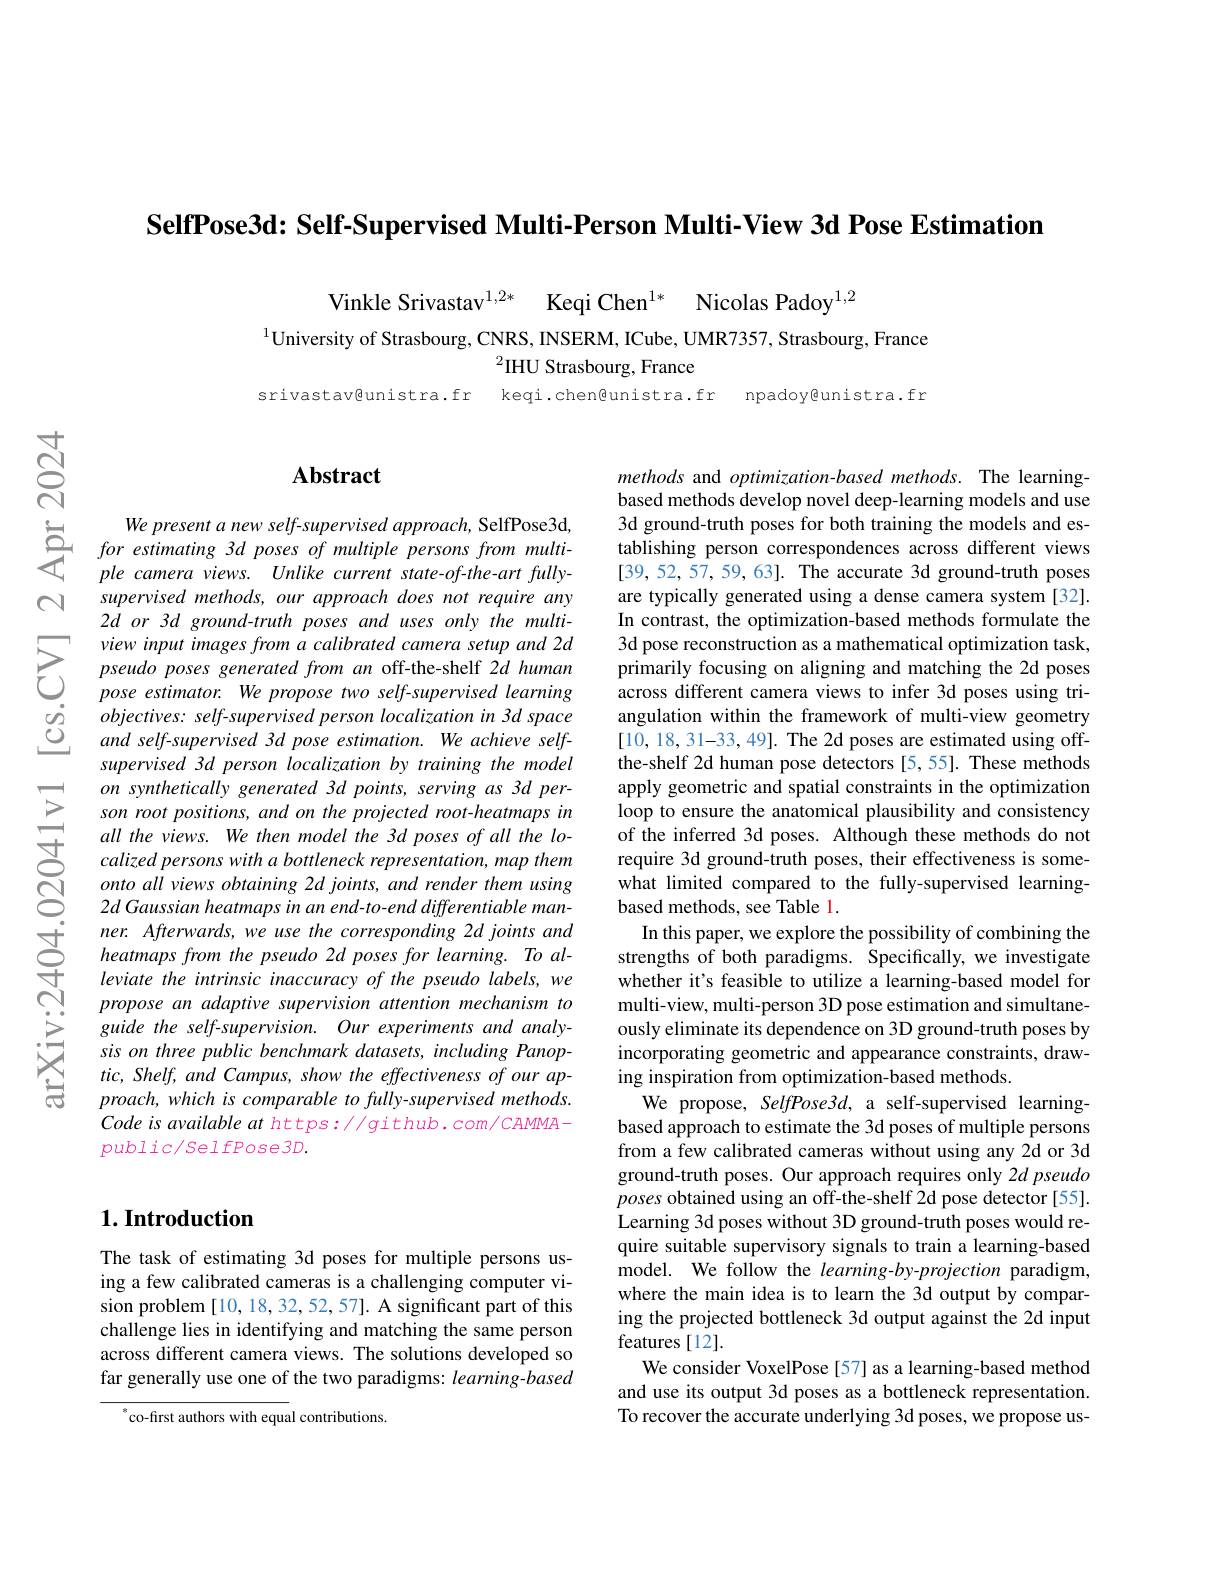
SelfPose3d: Self-Supervised Multi-Person Multi-View 3d Pose Estimation

Vinkle Srivastav$^{1,2*}$
Keqi Chen$^{1* }$ Nicolas Padoy$^{1,2}$
$^{1}$University of Strasbourg, CNRS, INSERM, ICube, UMR7357, Strasbourg, France
${}^{2}$IHU Strasbourg, France
srivastav@unistra.fr
keqi.chen@unistra.fr npadoy@unistra.fr

$ন্র$

$N$

### $\mathbf{Abstract}$

supervised methods, our approach does not require any $2dor3dground-truthposesandusesonlythemulti-$
view input images from a calibrated camera setup and 2d 3d pose reconstruction as a mathemation as a mathemation task, preudo prose reconstruction as a mathemation task, pseudo poses generated from am an offf- the- shelf 2d human primarily focusing on
$objectives: self-supervised person localization in 3d space$ and self-supervised 3d pose estimation. We achieve selfsupervised 3d person localization by training the model on synthetically generated 3d points, serving as 3d person root positions, and on the projected root-heatmaps in all the views. We then model the 3d poses of all the localized persons with a bottleneck representation, map them onto all views obtaining 2d joints, and render them using 2d Gaussian heatmaps in an end-to-end differentiable man-
$\begin{array}{lll}&ner.Afterwards,we\:use\:the\:corresponding\:\end{array}$
propose an adaptive supervision attention mechanism to guide the self-supervision. Our experiments and analysis on three public benchmark datasets, including Panoptic, Shelf, and Campus, show the effectiveness of our approach, which is comparable to fully-supervised methods. Code is available at https: / github. com/ CAMMApublic/selfPose3D.

## $1. \textbf{Introduction}$

The task of estimating 3d poses for multiple persons using a few calibrated cameras is a challenging computer vision problem [10,18,32,52,57]. A significant part of this challenge lies in identifying and matching the same person across different camera views. The solutions developed so far generally use one of the two paradigms: learning-based

$^{*}$co-first authors with equal contributions.

methods and optimization-based methods. The learningbased methods develop novel deep-learning models and use 3d ground-truth poses for both training the models and establishing person correspondences across different views [39,52,57,59,63]. The accurate 3d ground-truth poses are typically generated using a dense camera system [32]. In contrast, the optimization-based methods formulate the angulation within the framework of multi-view geometry [10,18,31-33,49]. The 2d poses are estimated using offthe-shelf 2d human pose detectors [5,55]. These methods apply geometric and spatial constraints in the optimization loop to ensure the anatomical plausibility and consistency of the inferred 3d poses. Although these methods do not require 3d ground-truth poses, their effectiveness is somewhat limited compared to the fully-supervised learningbased methods, see Table 1.
In this paper, we explore the possibility of combining the strengths of both paradigms. Specifically, we investigate whether it's feasible to utilize a learning-based model for multi-view, multi-person 3D pose estimation and simultaneously eliminate its dependence on 3D ground-truth poses by incorporating geometric and appearance constraints, drawing inspiration from optimization-based methods.
We propose, SelfPose3d, a self-supervised learningbased approach to estimate the 3d poses of multiple persons from a few calibrated cameras without using any 2d or 3d ground-truth poses. Our approach requires only 2d pseudo poses obtained using an off-the-shelf 2d pose detector [55]. Learning 3d poses without 3D ground-truth poses would require suitable supervisory signals to train a learning-based model. We follow the learning-by-projection paradigm, where the main idea is to learn the 3d output by comparing the projected bottleneck 3d output against the 2d input features [12].
We consider VoxelPose [57] as a learning-based method and use its output 3d poses as a bottleneck representation To recover the accurate underlying 3d poses, we propose us-